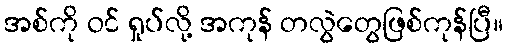
အစ်ကို ဝင် ရှုပ်လို့ အကုန် တလွဲတွေဖြစ်ကုန်ပြီ။